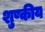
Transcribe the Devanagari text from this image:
शुष्कीय